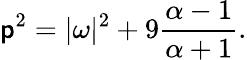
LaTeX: \mathsf{p}^{2}=|\omega|^{2}+9{\frac{{\alpha-1}}{{\alpha+1}}}.